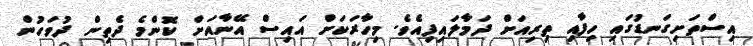
އިސްތަށިގަނޑުގައި ހިފާއި ތިރިއަށް ދަމާލައިފިއެވެ. މިހާރަކަށް އައިސް އޭނާއަށް ކޮންމެ ދެތިން ދުވަހުން